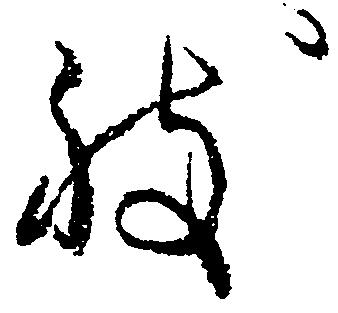
致